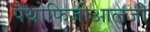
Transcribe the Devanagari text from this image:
पैथोफिज़ीआलजी